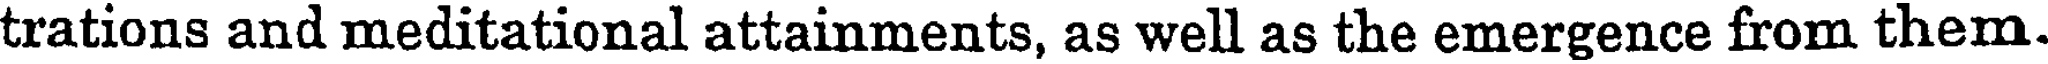
trations and meditational attainments, as well as the emergence from them.